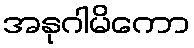
အနုဂါမိကော